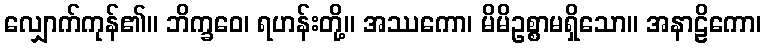
လျှောက်ကုန်၏။ ဘိက္ခဝေ၊ ရဟန်းတို့။ အဿကော၊ မိမိဥစ္စာမရှိသော။ အနာဠိကော၊